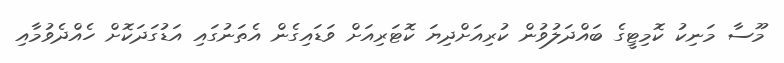
މޫސާ މަނިކު ކޮމިޓީގެ ބައްދަލުވުން ކުރިއަށްދިޔަ ކޮޓަރިއަށް ވަޑައިގެން އެތަނުގައި އަޑުގަދަކޮށް ހެއްދެވުމާއި